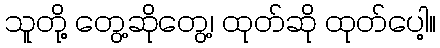
သူတို့ တွေ့ဆိုတွေ့၊ ထုတ်ဆို ထုတ်ပေါ့။